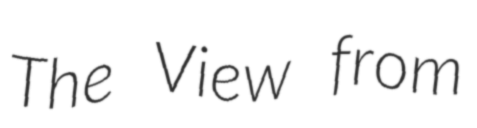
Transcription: The View from